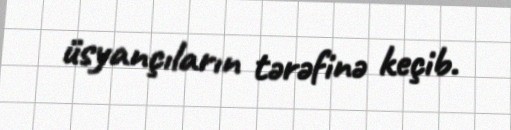
üsyançıların tərəfinə keçib.